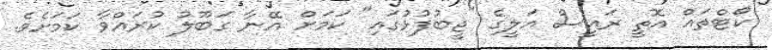
ކޯޓްތައް އޮތީ ރައީސް އަލީގެ "ޖީބުފުޅުގައި" ކަމަށް އޭނާ ގަބޫލު ކުރައްވާ ކަމަށެވެ.